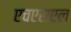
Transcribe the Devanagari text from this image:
एचएसएल